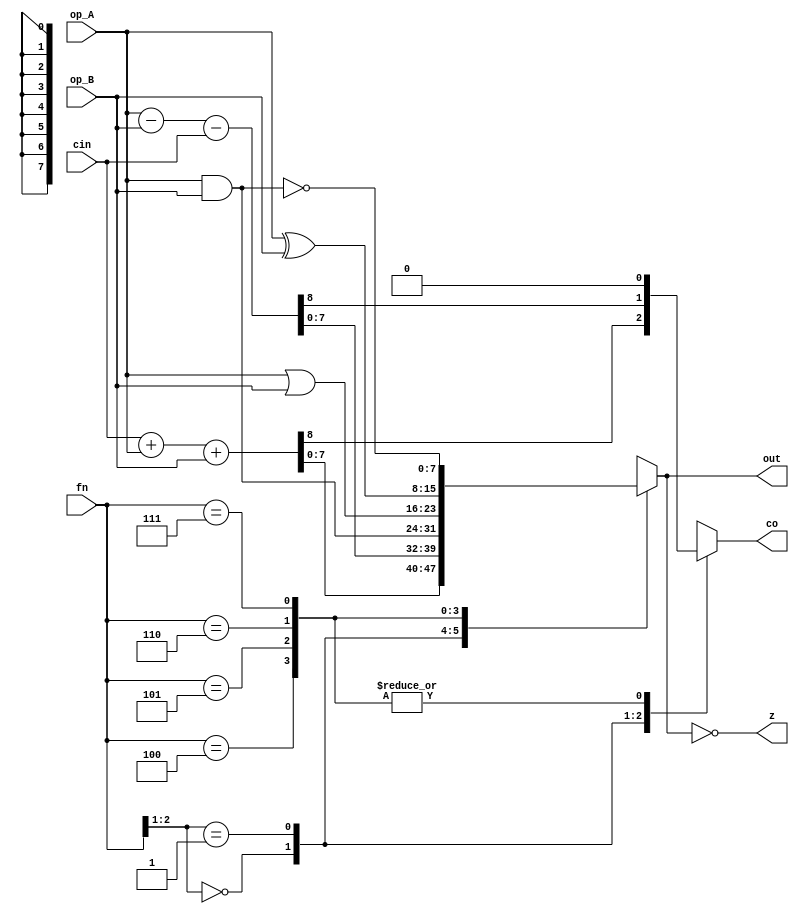
//ALU Module
module ALU (input [2:0] fn, input [7:0] op_A, op_B,input cin, output reg [7:0] out,output reg co, z); 

	always@(*)begin
		{out,co,z} = 0;
		casex (fn) 
			3'b00? : {co,out} = cin + op_A + op_B ;
			3'b01? : {co,out} = op_A - op_B - cin;
			3'b100 : out = op_A & op_B;
			3'b101 : out = op_A | op_B;
			3'b110 : out = op_A ^ op_B;
			3'b111 : out = ~(op_A & op_B);
		endcase
		z = (out == 8'b0);
	
	end

endmodule


module test_ALU ();
reg [2:0] fn;
reg [7:0] A, B;
reg cin;
wire [7:0] out;
wire co, z;

ALU cpu( fn,A, B,cin,out, co, z); 

initial begin
	fn = 3'b000; 
	A = 8'd8; B = 8'd5; cin  = 1 ;
	#10 cin = 0;
	#10 fn = 3'b011;
	#10 B = 8'd23; 
	#10 fn = 3'b100;
	#10 fn = 3'b101;
	#10 fn = 3'b110;
	#10 fn = 3'b111;
	#10;
	

end

endmodule